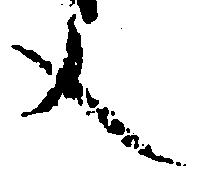
文